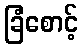
ခြံစောင့်